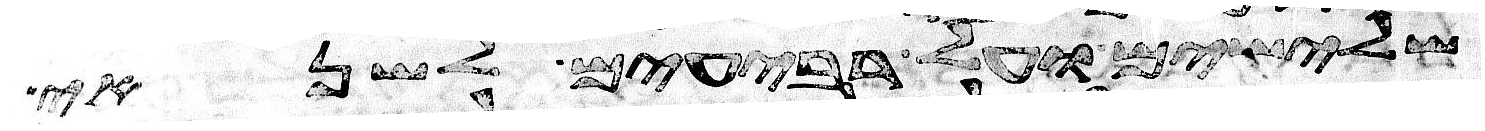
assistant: שלישים ועל רביעים לשנאי